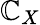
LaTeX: \mathbb{C}_{X}